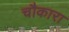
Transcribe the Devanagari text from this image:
चौकारा